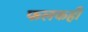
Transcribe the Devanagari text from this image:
फलकही